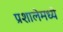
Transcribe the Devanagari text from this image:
प्रशालेमध्ये